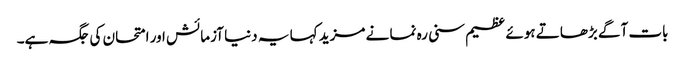
بات آگے بڑھاتے ہوئے عظیم سنی رہ نما نے مزید کہا یہ دنیا آزمائش اور امتحان کی جگہ ہے۔